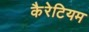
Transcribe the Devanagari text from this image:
कैरेटियम